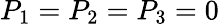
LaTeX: P_{1}=P_{2}=P_{3}=0